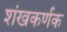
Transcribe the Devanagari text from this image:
शंखकर्णक